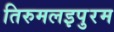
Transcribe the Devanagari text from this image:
तिरुमलइपुरम